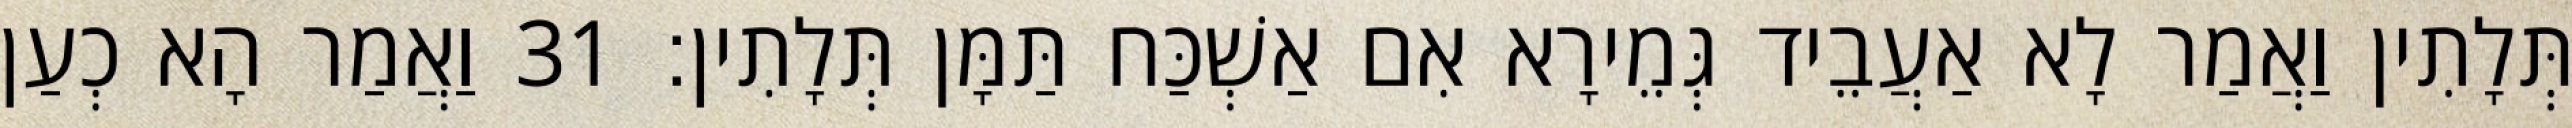
תְּלָתִין וַאֲמַר לָא אַעֲבֵיד גְּמֵירָא אִם אַשְׁכַּח תַּמָּן תְּלָתִין׃ 31 וַאֲמַר הָא כְעַן